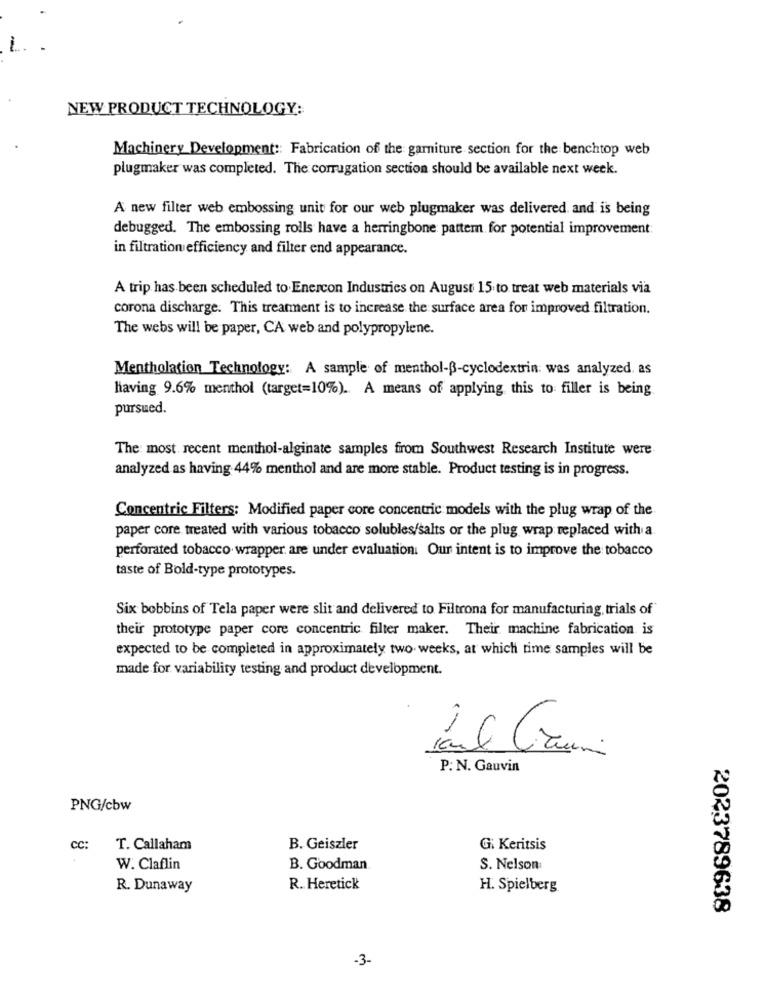
1.
NEW PRODUCT TECHNOLOGY:
Machinery Development :: Fabrication of the garniture section for the benchtop web
plugmaker was completed. The corrugation section should be available next week.
A new filter web embossing unit for our web plugmaker was delivered and is being
debugged. The embossing rolls have a herringbone pattern for potential improvement
in filtration efficiency and filter end appearance.
A trip has been scheduled to Enercon Industries on August 15 to treat web materials via
corona discharge. This treatment is to increase the surface area for improved filtration.
The webs will be paper, CA web and polypropylene.
Mentholation Technology: A sample of menthol-ß-cyclodextrin: was analyzed, as
Having 9.6% menthol (target=10%). A means of applying this to filler is being
pursued.
The most recent menthol-alginate samples from Southwest Research Institute were
analyzed as having 44% menthol and are more stable. Product testing is in progress.
Concentric Filters: Modified paper core concentric models with the plug wrap of the
paper core treated with various tobacco solubles/salts or the plug wrap replaced with a.
perforated tobacco wrapper are under evaluation. Our intent is to improve the tobacco
taste of Bold-type prototypes.
Six bobbins of Tela paper were slit and delivered to Filtrona for manufacturing, trials of
their prototype paper core concentric filter maker. Their machine fabrication is
expected to be completed in approximately two weeks, at which time samples will be
made for variability testing and product development.
P: N. Gauvin
PNG/cbw
CC:
T. Callaham
B. Geiszler
Gi Keritsis
W. Claflin
B. Goodman
S. Nelson
R. Dunaway
R. Heretick
H. Spielberg
2023789638
-3-